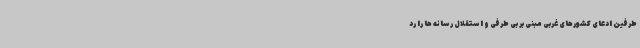
طرفین ادعای کشورهای غربی مبنی بر بی طرفی و استقلال رسانه ها را رد